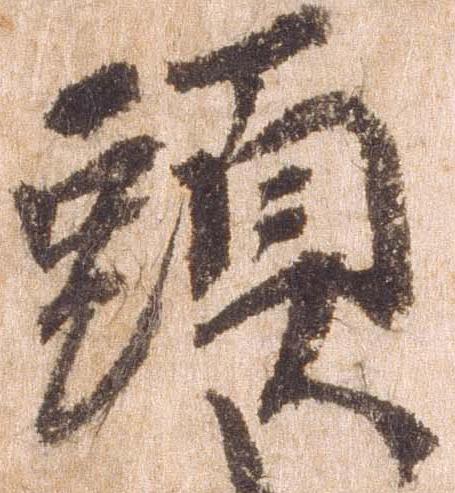
頭